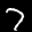
Label: 7